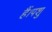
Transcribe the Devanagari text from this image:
हैं।पशु